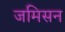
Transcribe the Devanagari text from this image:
जमिसन